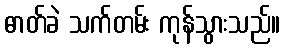
ဓာတ်ခဲ သက်တမ်း ကုန်သွားသည်။